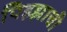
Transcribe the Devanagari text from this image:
पिझ्झाची